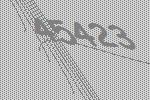
45423